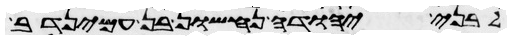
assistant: לבני יהודה נחשון בן עמינדב